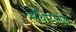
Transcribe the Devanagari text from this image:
मेथिमज़ोल